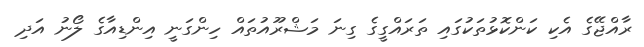
ރާއްޖޭގެ އެކި ކަންކޮޅުތަކުގައި ތަރައްގީގެ ގިނަ މަޝްރޫއުތައް ހިންގަނީ އިންޑިއާގެ ލޯނު އަދި